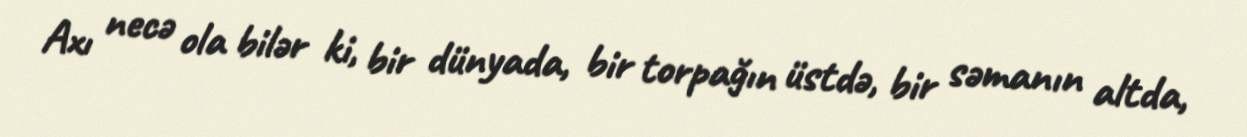
Axı necə ola bilər ki, bir dünyada, bir torpağın üstdə, bir səmanın altda,